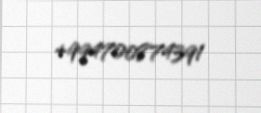
+994700874391